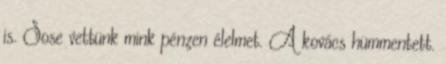
is. Sose vettünk mink pénzen élelmet. A kovács hümmentett.